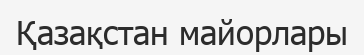
Қазақстан майорлары